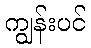
ကျွန်းပင်